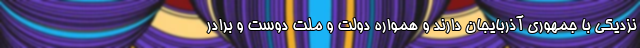
نزدیکی با جمهوری آذربایجان دارند و همواره دولت و ملت دوست و برادر